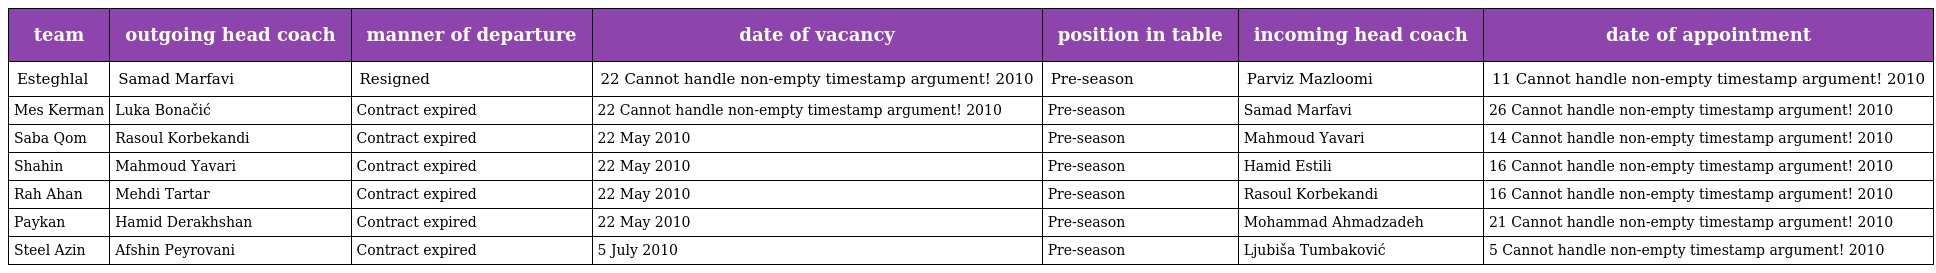
| team | outgoing head coach | manner of departure | date of vacancy | position in table | incoming head coach | date of appointment |
 | --- | --- | --- | --- | --- | --- | --- |
 | Esteghlal | Samad Marfavi | Resigned | 22 Cannot handle non-empty timestamp argument! 2010 | Pre-season | Parviz Mazloomi | 11 Cannot handle non-empty timestamp argument! 2010 |
 | Mes Kerman | Luka Bonačić | Contract expired | 22 Cannot handle non-empty timestamp argument! 2010 | Pre-season | Samad Marfavi | 26 Cannot handle non-empty timestamp argument! 2010 |
 | Saba Qom | Rasoul Korbekandi | Contract expired | 22 May 2010 | Pre-season | Mahmoud Yavari | 14 Cannot handle non-empty timestamp argument! 2010 |
 | Shahin | Mahmoud Yavari | Contract expired | 22 May 2010 | Pre-season | Hamid Estili | 16 Cannot handle non-empty timestamp argument! 2010 |
 | Rah Ahan | Mehdi Tartar | Contract expired | 22 May 2010 | Pre-season | Rasoul Korbekandi | 16 Cannot handle non-empty timestamp argument! 2010 |
 | Paykan | Hamid Derakhshan | Contract expired | 22 May 2010 | Pre-season | Mohammad Ahmadzadeh | 21 Cannot handle non-empty timestamp argument! 2010 |
 | Steel Azin | Afshin Peyrovani | Contract expired | 5 July 2010 | Pre-season | Ljubiša Tumbaković | 5 Cannot handle non-empty timestamp argument! 2010 |